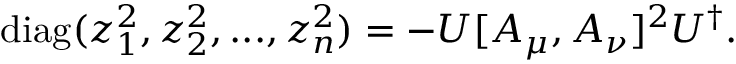
\mathrm { d i a g } ( z _ { 1 } ^ { 2 } , z _ { 2 } ^ { 2 } , . . . , z _ { n } ^ { 2 } ) = - U [ A _ { \mu } , A _ { \nu } ] ^ { 2 } U ^ { \dagger } .